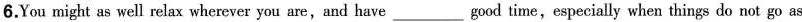
6.You might as well relaxwherever you are,and have___good time,especially when things do not go as